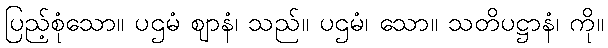
ပြည့်စုံသော။ ပဌမံ ဈာနံ၊ သည်။ ပဌမံ၊ သော။ သတိပဋ္ဌာနံ၊ ကို။